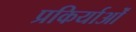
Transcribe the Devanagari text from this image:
प्रकिर्याओं